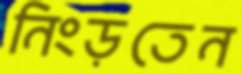
নিংড়তেন